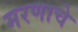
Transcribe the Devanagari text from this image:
मरणाचे